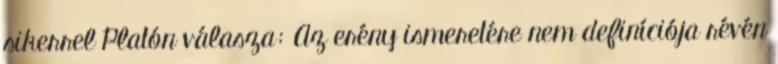
sikerrel Platón válasza: Az erény ismeretére nem definíciója révén